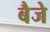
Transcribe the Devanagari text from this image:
बैजे